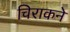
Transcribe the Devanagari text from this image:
चिराकने